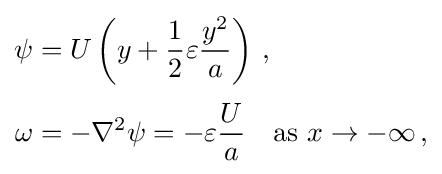
{\begin{aligned}\psi &=U\left(y+{\frac {1}{2}}\varepsilon {\frac {y^{2}}{a}}\right)\,,\\[3pt]\omega &=-\nabla ^{2}\psi =-\varepsilon {\frac {U}{a}}\quad {\text{as }}x\rightarrow -\infty \,,\end{aligned}}